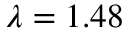
\lambda = 1 . 4 8